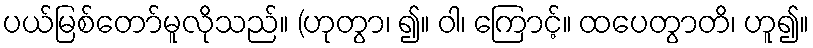
ပယ်မြစ်တော်မူလိုသည်။ (ဟုတွာ၊ ၍။ ဝါ၊ ကြောင့်။ ထပေတွာတိ၊ ဟူ၍။